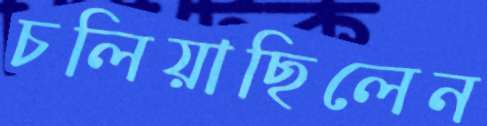
চলিয়াছিলেন